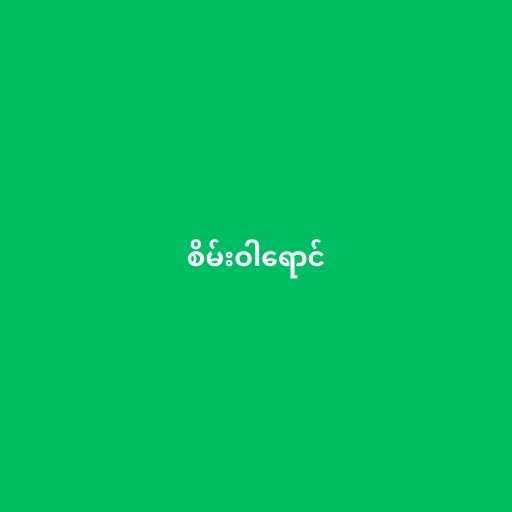
စိမ်းဝါရောင်